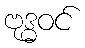
ဗုဒ္ဓဝင်